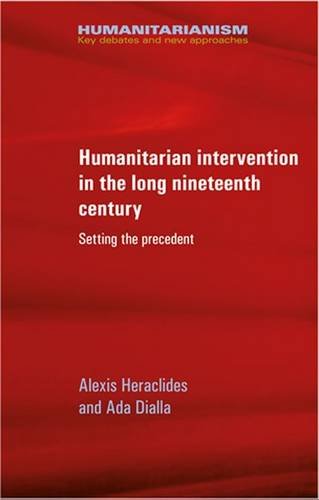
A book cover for Humanitarian intervention in the long nineteenth century: Setting the precedent (Humanitarianism: MUP); Alexis Heraclides; Politics & Social Sciences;